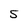
Character: 5